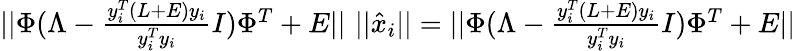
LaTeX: \begin{array}{r}{\vert\vert\Phi(\Lambda-\frac{y_{i}^{T}(L+E)y_{i}}{y_{i}^{T}y_{i}}I)\Phi^{T}+E\vert\vert\, \, \vert\vert\hat{x}_{i}\vert\vert=\vert\vert\Phi(\Lambda-\frac{y_{i}^{T}(L+E)y_{i}}{y_{i}^{T}y_{i}}I)\Phi^{T}+E\vert\vert}\end{array}